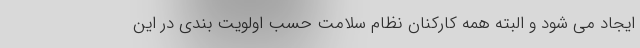
ایجاد می شود و البته همه کارکنان نظام سلامت حسب اولویت بندی در این